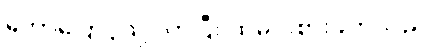
ဟောပြောပွဲသို့ လာပြီး ထမင်းစားဖိတ်သည်။